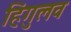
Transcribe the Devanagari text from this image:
हिंगुलव